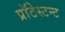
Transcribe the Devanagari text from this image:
प्रॉटेस्टन्ट